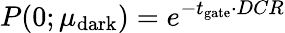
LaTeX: P(0;\mu_{\mathrm{dark}})=e^{-t_{\mathrm{gate}}\cdot DCR}